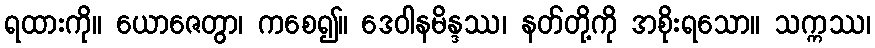
ရထားကို။ ယောဇေတွာ၊ ကစေ၍။ ဒေဝါနမိန္ဒဿ၊ နတ်တို့ကို အစိုးရသော။ သက္ကဿ၊